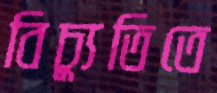
বিচ্যুতিতে